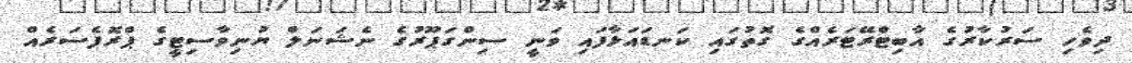
ދިވެހި ސަރުކާރުގެ އާބިޓްރޭޓަރެއްގެ ގޮތުގައި ކަނޑައަޅާފައި ވަނީ ސިންގަޕޫރުގެ ނެޝަނަލް ޔުނިވާސިޓީގެ ޕްރޮފެސަރެއް